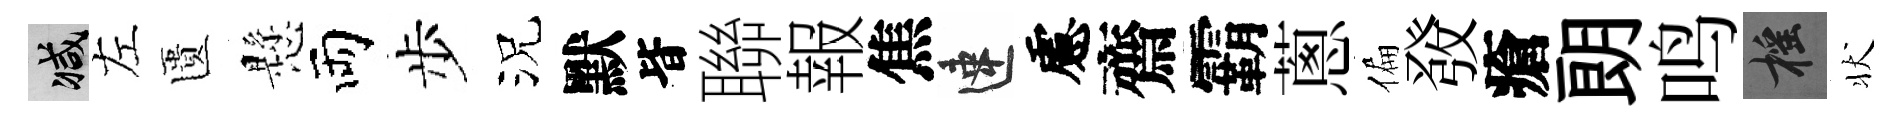
减左匱懸両步況默𣅜聯報焦速慮齋霸蔥偏𤼲瘡朗鸣摇状